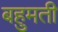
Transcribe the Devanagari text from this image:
बहुमती